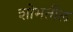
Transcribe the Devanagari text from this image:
शोभतील